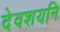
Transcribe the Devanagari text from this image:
देवशयनि